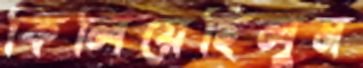
কিলিয়েছিলুম